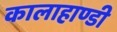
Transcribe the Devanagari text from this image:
कालाहाण्डी